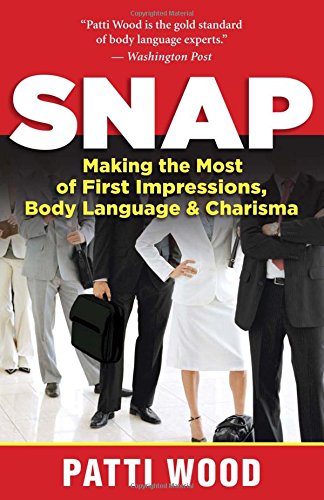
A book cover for Snap: Making the Most of First Impressions, Body Language, and Charisma; Patti Wood; Business & Money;